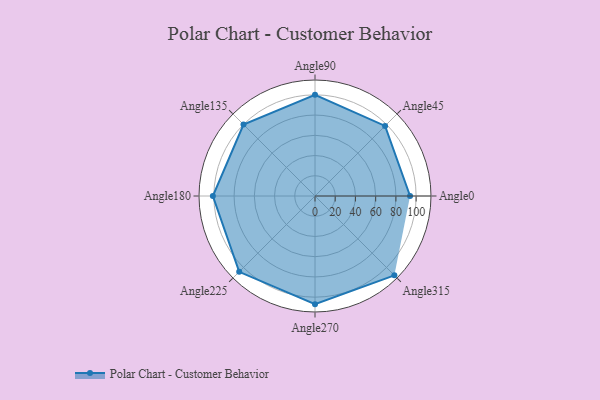
{"axis": {"x": "Angle", "y": "Radius"}, "legend": [""], "data": [{"x": "Angle0", "y": 94.0, "type": ""}, {"x": "Angle45", "y": 98.0, "type": ""}, {"x": "Angle90", "y": 100.0, "type": ""}, {"x": "Angle135", "y": 100.0, "type": ""}, {"x": "Angle180", "y": 101.0, "type": ""}, {"x": "Angle225", "y": 106.0, "type": ""}, {"x": "Angle270", "y": 107.0, "type": ""}, {"x": "Angle315", "y": 111.0, "type": ""}]}